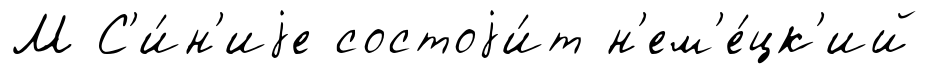
М С'и́н'иjе состоjи́т н'ем'е́цк'ий